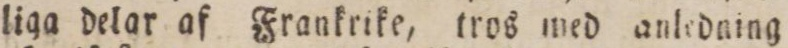
liga delar af Frankrike, tros med anledning